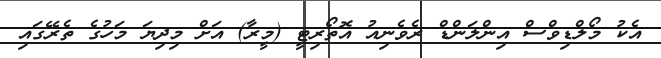
އެކު މޯލްޑިވްސް އިންލަންޑް ރެވެނިއު އޮތޯރިޓީ (މީރާ) އަށް މިދިޔަ މަހުގެ ތެރޭގައި